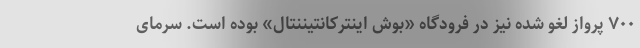
۷۰۰ پرواز لغو شده نیز در فرودگاه «بوش اینترکانتیننتال» بوده است. سرمای